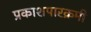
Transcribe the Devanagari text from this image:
प्रकाशपारक्रमी